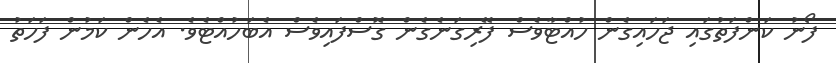
ފޯނު ކަންފަތުގައި ޖަހައިގެން ހުއްޓާވެސް ފޭރިގަނެގެން ގޮސްފައިވެސް އެބަހުއްޓެވެ. އެހެން ކަމުން ފަހަތު